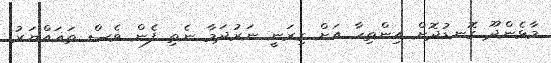
މާޅެންދޫ ގޮނޑުދޮށް އިންތިހާ އަށް ގިރަނީ ނަރުދަމާ ނެތި ފެން ވެސް ތަޣައްޔަރު